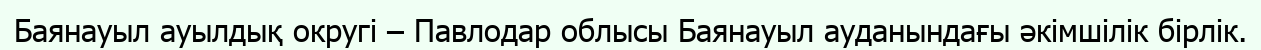
Баянауыл ауылдық округі – Павлодар облысы Баянауыл ауданындағы әкімшілік бірлік.